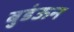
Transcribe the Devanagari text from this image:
बुडंऊन